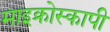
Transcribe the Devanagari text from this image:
माइक्रोस्कापी